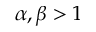
\alpha , \beta > 1